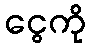
ငွေကို